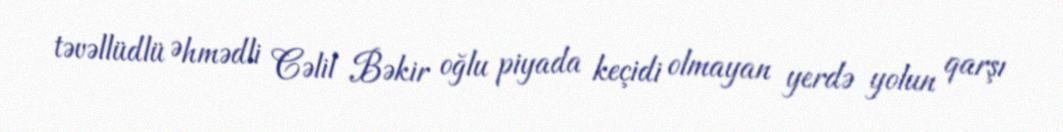
təvəllüdlü Əhmədli Cəlil Bəkir oğlu piyada keçidi olmayan yerdə yolun qarşı